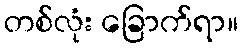
တစ်လုံး ခြောက်ရာ။